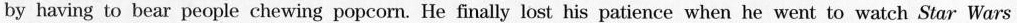
by having to bear people chewing popcorn. He finally lost his patience when he went to watch Star Wars